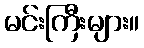
မင်းကြီးများ။